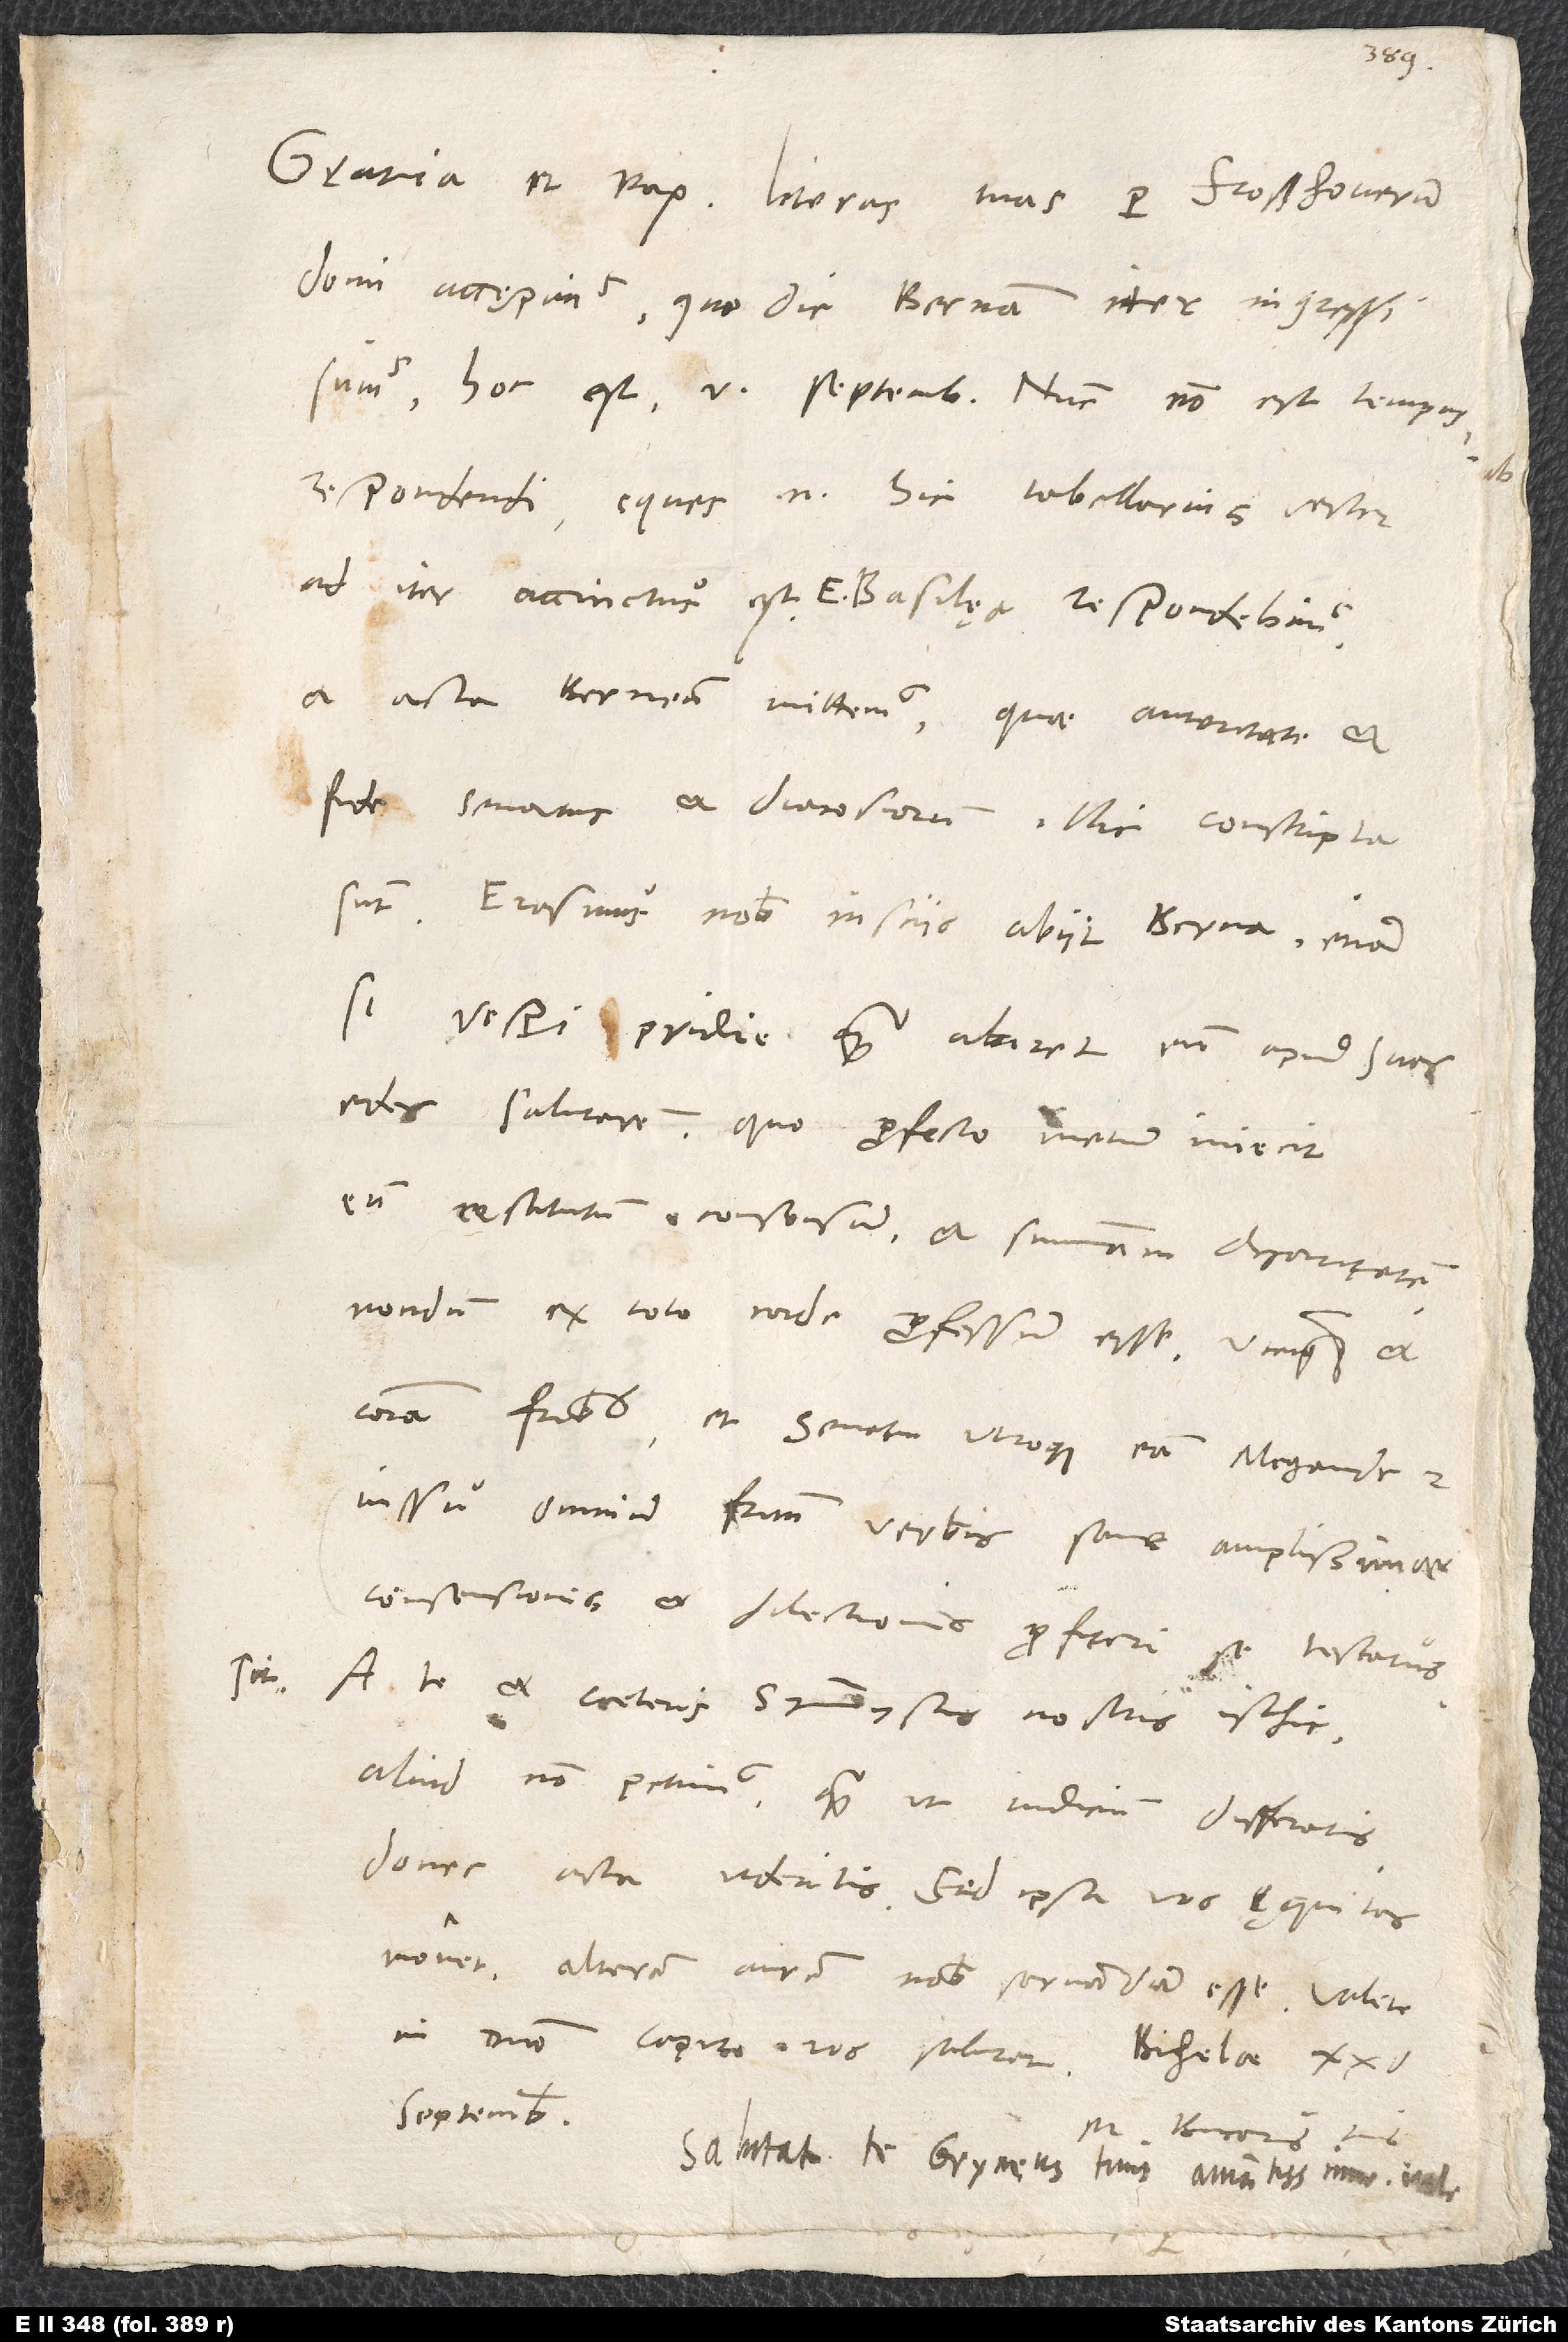
domi accępimus, quo die Bernam iter ingressi
sumus, hoc est 5. septembris. Nunc non est tempus
respondendi; eques enim hic tabellarius vester
ad iter accinctus est. E Basilęa respondebimus
acta Bernen mittemus, quae autoritate et
fide senatus et diacosiorum illic conscripta
Erasmus nobis insciis abiit Berna, etiam
si vesperi pridie, quam abiret, eum apud suas
edes salutarem. Quo profecto metum iniecit
eum restitutum consensum et summam charitatem
nondum ex toto corde professum esse, utcunque et
coram fratribus et senatu utroque eam Megander
iussu omnium fratrum verbis sane amplissimae
consensionis et dilectionis profiteri se testatus
A te et caeteris symmystis nostris isthic
aliud non petimus, quam ut iudicium differatis,
donec acta videritis. Sed ipsa vos ęquitas
monet alteram aurem nobis servandam esse.
in domino. Capito vos salutat.
septembris.
M. Bucerus tuus.
Salutat te Grynęus tuus amantissime. Vale.